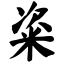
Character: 粢